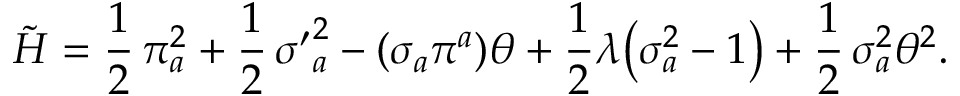
\tilde { \cal H } = \frac { 1 } { 2 } \, \pi _ { a } ^ { 2 } + \frac { 1 } { 2 } \, { \sigma ^ { \prime } } _ { a } ^ { 2 } - ( \sigma _ { a } \pi ^ { a } ) \theta + \frac { 1 } { 2 } \lambda \bigl ( \sigma _ { a } ^ { 2 } - 1 \bigr ) + \frac { 1 } { 2 } \, \sigma _ { a } ^ { 2 } \theta ^ { 2 } .